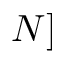
N ]